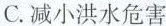
C.减小洪水危害